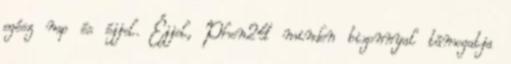
egész nap és éjjel. Éjjel, Phen24 minden bizonnyal támogatja